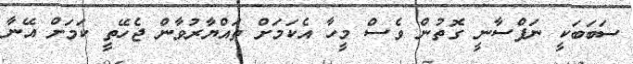
ސަބަބަކީ ނަފްސާނީ ގޮތުން ވެސް މީހާ އެކަމަށް ތައްޔާރުވާން ޖެހޭތީ ކަަމަށް އޭނާ